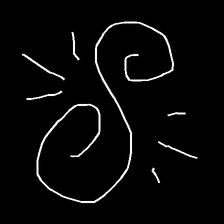
Glyph: wind-directs-air